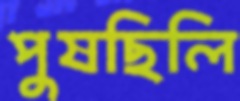
পুষছিলি